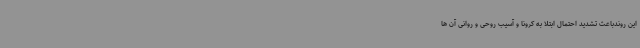
این روندباعث تشدید احتمال ابتلا به کرونا و آسیب روحی و روانی آن ها